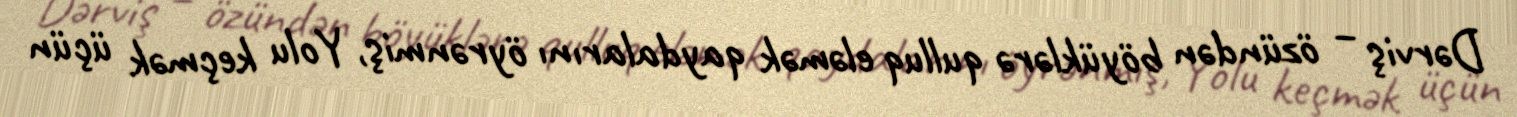
Dərviş – özündən böyüklərə qulluq eləmək qaydalarını öyrənmiş, Yolu keçmək üçün